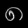
Digit: ၈